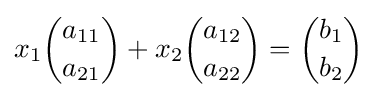
x_{1}{\binom {a_{11}}{a_{21}}}+x_{2}{\binom {a_{12}}{a_{22}}}={\binom {b_{1}}{b_{2}}}